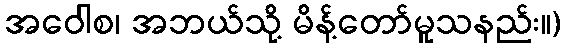
အဝေါစ၊ အဘယ်သို့ မိန့်တော်မူသနည်း။)